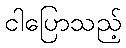
ငါပြောသည့်